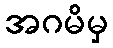
အဂမိမှ